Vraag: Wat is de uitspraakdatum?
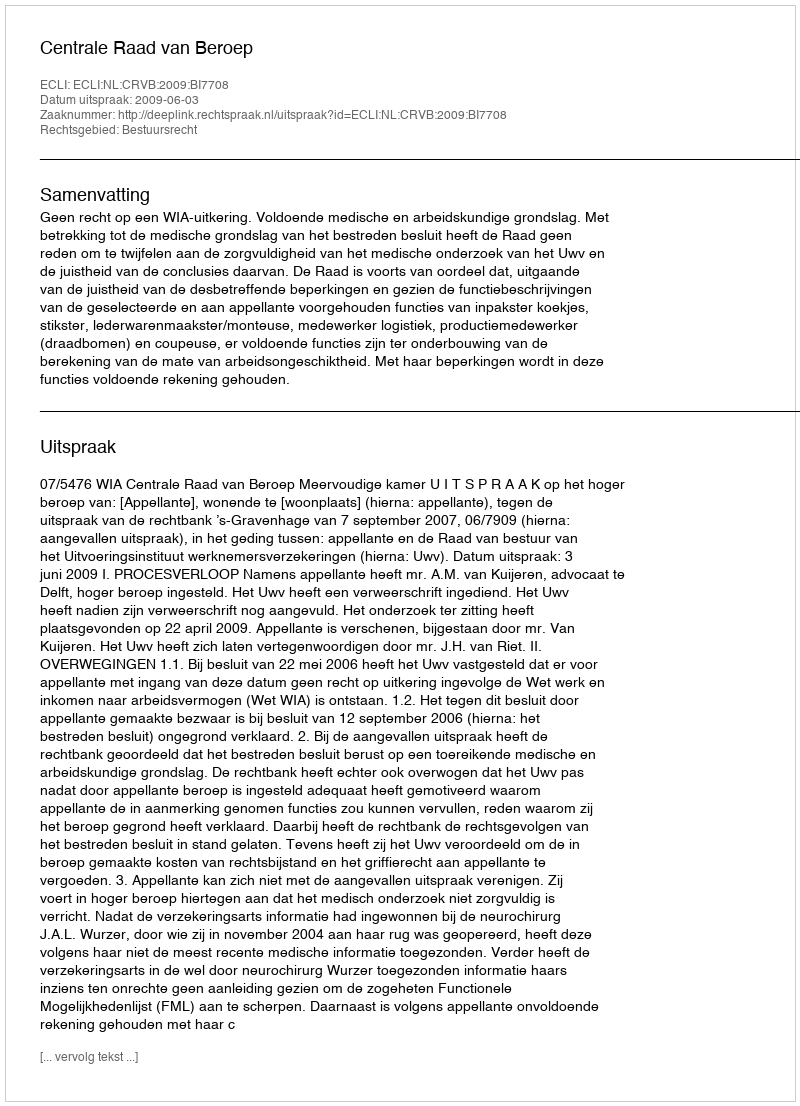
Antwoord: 2009-06-03